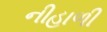
નીહાળી